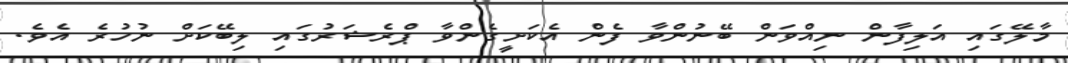
މާލޭގައި އަލިފާން ނިއްވަން ބޭނުންވާ ފެން އެކަށީގެންވާ ޕްރެޝަރުގައި ލިބޭކަށް ނުހުރެ އެވެ.